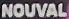
NOUVAL